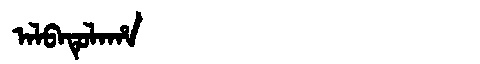
Manchu: ᠠᠯᠪᠠᡨᡠᠯᠠᡥᠠ
Romanization: ALBATULAHA